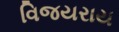
વિજયરાય